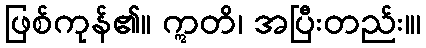
ဖြစ်ကုန်၏။ ဣတိ၊ အပြီးတည်း။၊